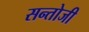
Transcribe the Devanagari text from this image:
सन्तोजी